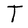
Character: T